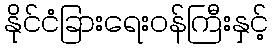
နိုင်ငံခြားရေးဝန်ကြီးနှင့်